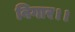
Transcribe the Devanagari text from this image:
बिगार।।